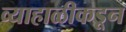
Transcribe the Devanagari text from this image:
व्याहाळीकडून